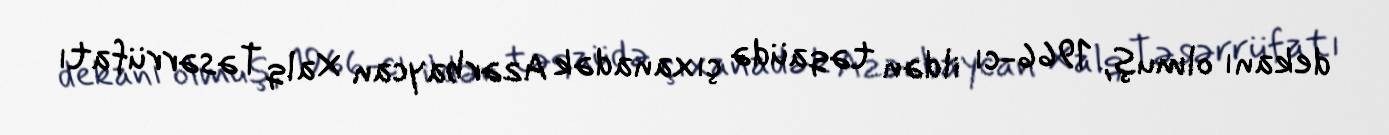
dekanı olmuş, 1966-cı ildən təqaüdə çıxanadək Azərbaycan Xalq Təsərrüfatı